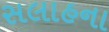
સલાહના